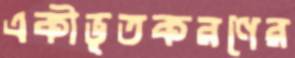
একীভূতকরণের